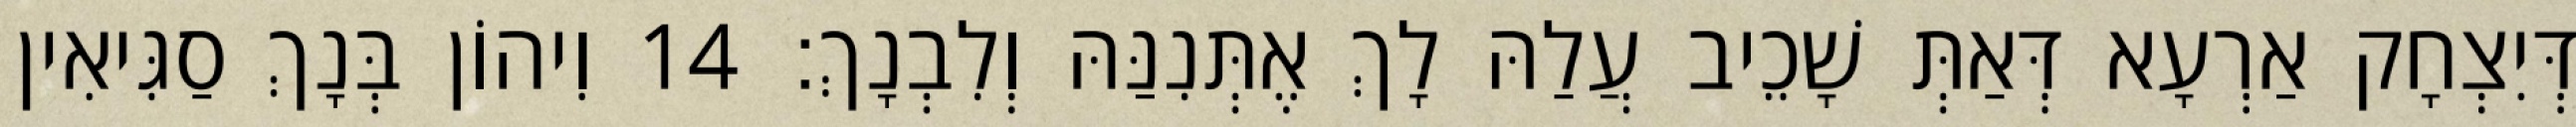
דְּיִצְחָק אַרְעָא דְּאַתְּ שָׁכֵיב עֲלַהּ לָךְ אֶתְּנִנַּהּ וְלִבְנָךְ׃ 14 וִיהוֹן בְּנָךְ סַגִּיאִין